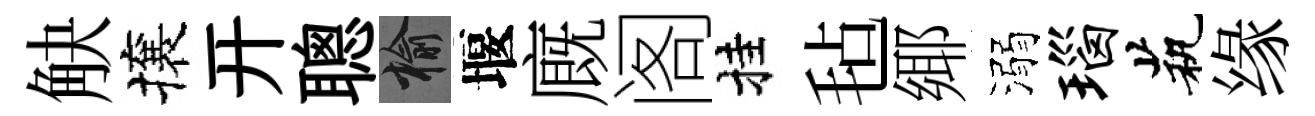
觖攘开聰榆堰廐阁挂毡鄊溺瑙茕缘